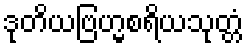
ဒုတိယဗြဟ္မစရိယသုတ္တံ